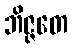
ဘိဇ္ဇတေ